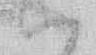
ハ